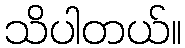
သိပါတယ်။